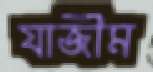
যাজীম